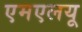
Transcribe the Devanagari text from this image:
एमएलयू